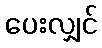
ပေးလျှင်